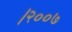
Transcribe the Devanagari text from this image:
।२००७